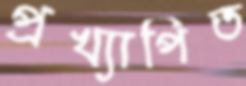
প্রখ্যাপিত